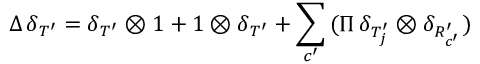
\Delta \, \delta _ { T ^ { \prime } } = \delta _ { T ^ { \prime } } \otimes 1 + 1 \otimes \delta _ { T ^ { \prime } } + \sum _ { c ^ { \prime } } \, ( \Pi \, \delta _ { T _ { j } ^ { \prime } } \otimes \delta _ { R _ { c ^ { \prime } } ^ { \prime } } )